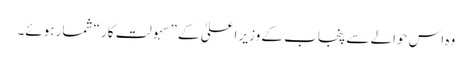
وہ اس حوالے سے پنجاب کے وزیر اعلیٰ کے ”سہولت کار“ شمار ہوئے۔